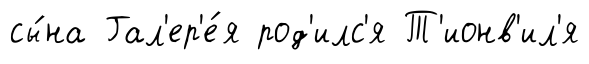
сы́на Гал'ер'е́я род'илс'я Т'ионв'ил'я